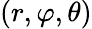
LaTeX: (r,\varphi,\theta)